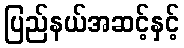
ပြည်နယ်အဆင့်နှင့်